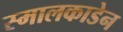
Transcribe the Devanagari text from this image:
स्मालकाडेन